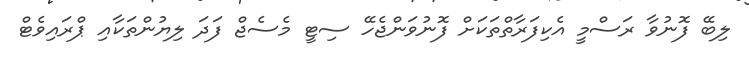
ލިބޭ ފޮނުވާ ރަސްމީ އެކިފަރާތްތަކަށް ފޮނުވަންޖެހޭ ސިޓީ މެސެޖް ފަދަ ލިޔުންތަކާއި ޕްރައިވެޓް